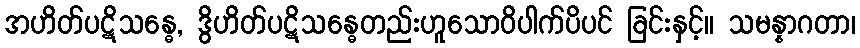
အဟိတ်ပဋိသန္ဓေ, ဒွိဟိတ်ပဋိသန္ဓေတည်းဟူသောဝိပါက်ပိပင် ခြင်းနှင့်။ သမန္နာဂတာ၊